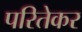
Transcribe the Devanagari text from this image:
परितेकर